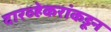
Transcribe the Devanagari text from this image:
दारव्हेकरांकडून